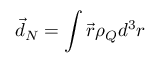
\vec { d } _ { N } = \int \vec { r } \rho _ { Q } d ^ { 3 } r